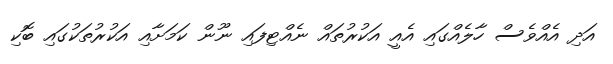
އަދި އެއްވެސް ހާލެއްގައި އެއީ އަކުރުތައް ނެއްޓިފައި ނޫން ކަމަށާއި އަކުރުތަކުގައި ބޮކި